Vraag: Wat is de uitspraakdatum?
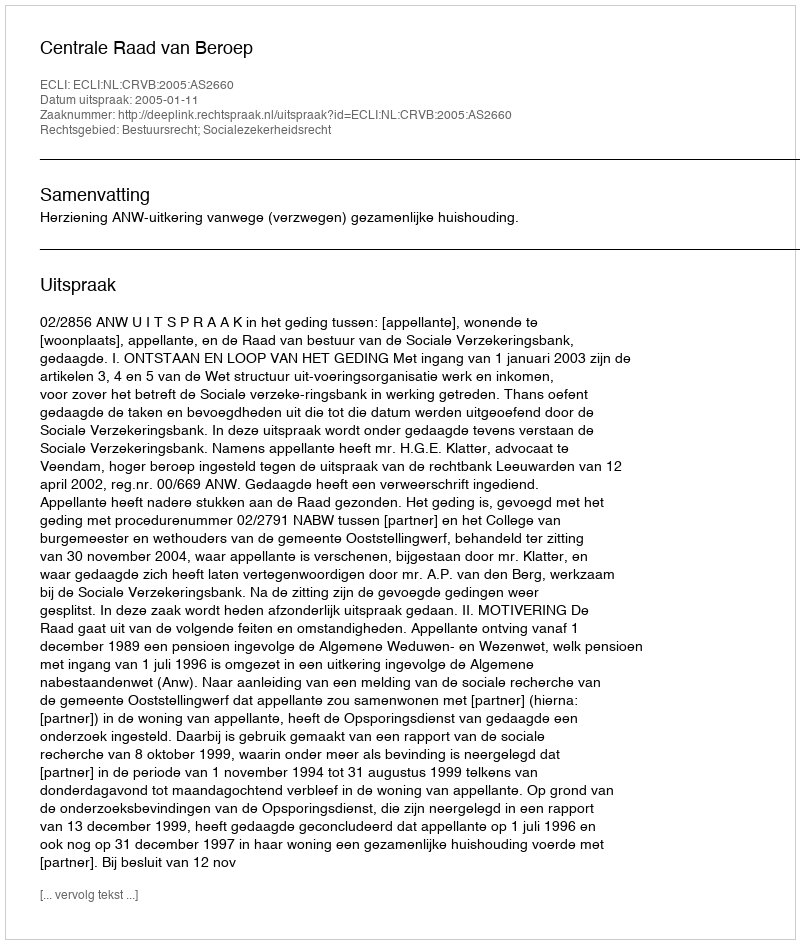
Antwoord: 2005-01-11